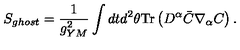
S _ { g h o s t } = { \frac { 1 } { g _ { Y M } ^ { 2 } } } \int d t d ^ { 2 } \theta \mathrm { T r } \left( D ^ { \alpha } \bar { C } \nabla _ { \alpha } C \right) .